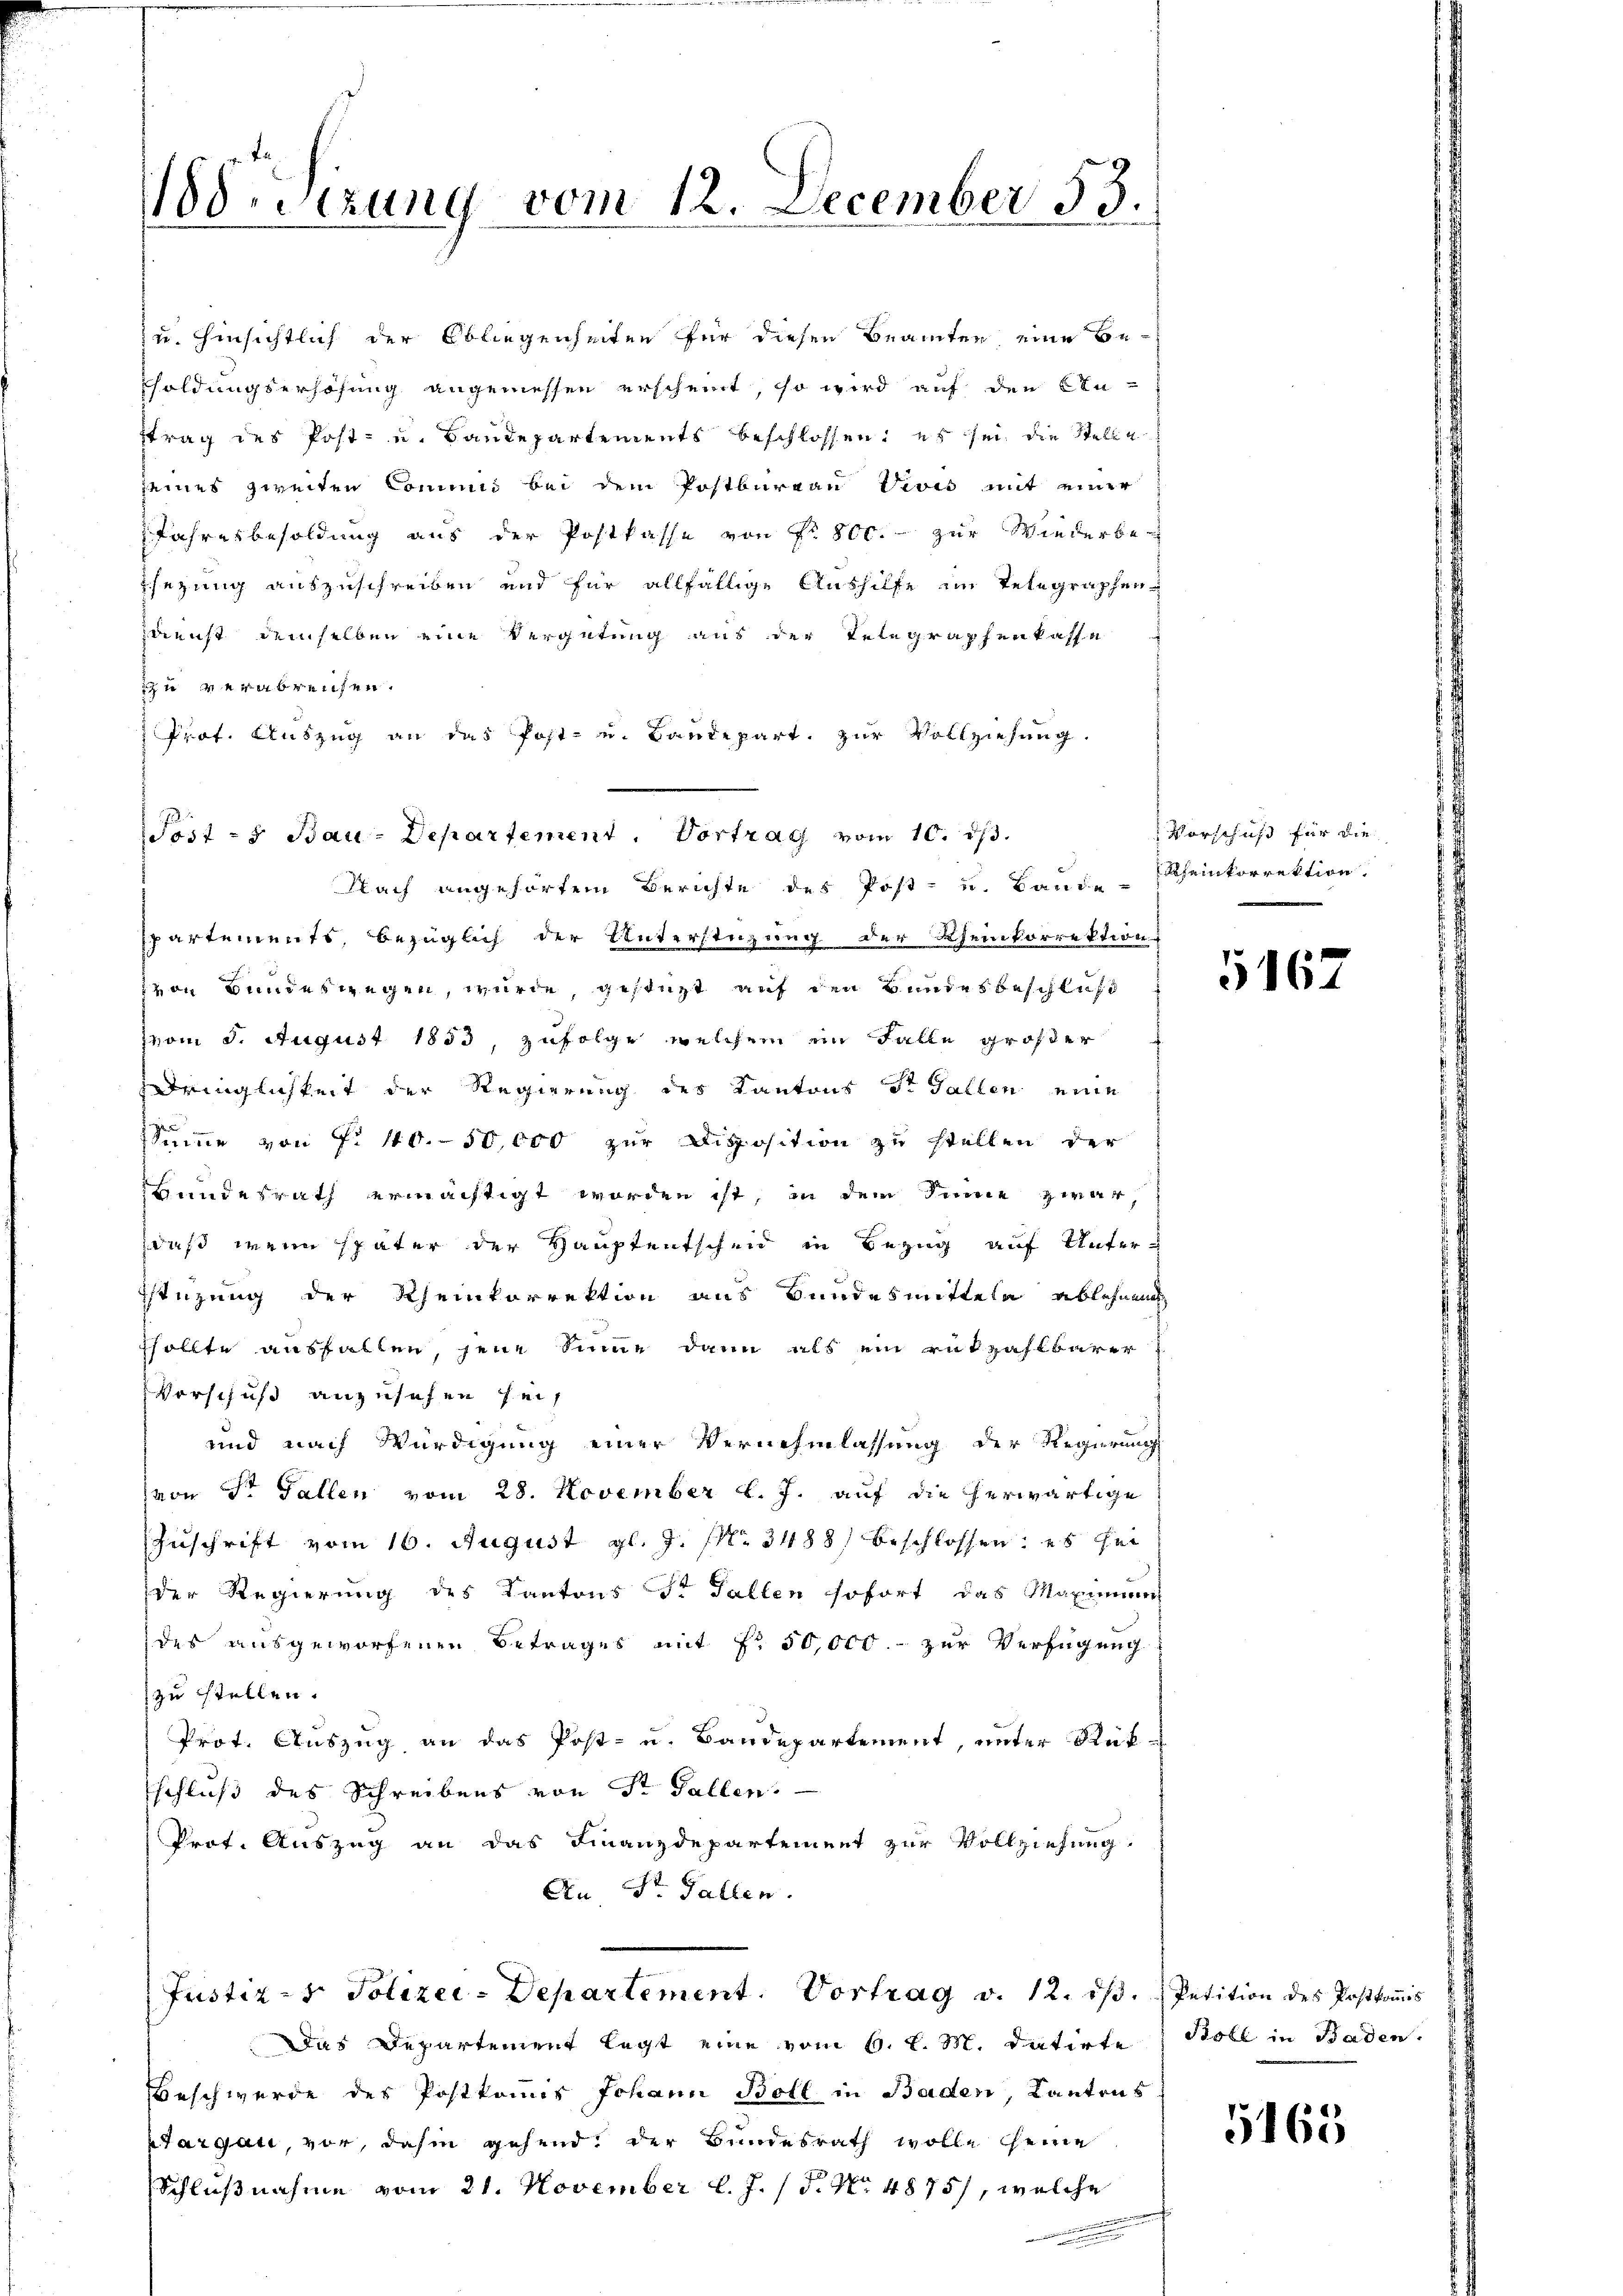
88. Sizung vom 12. December 53.

zu hinsichtlich der Obliegenheiten für diesen Beamten eine Be-
holdungserhöhung angemessen erscheint, so wird auf den Stu-
ftrag des Post- u. Baudepartements beschlossen: es sei, die Stelle
seines zweiten Commis bei dem Postbureau Vivis mit einer
Jahresbesoldung aus der Postkasse von Nr. 800. zur Wiederbe-
psezung auszuschreiben und für allfällige Aushilfe im Telegraphen-
sdienst demselben eine Vergütung aus der Telegraphenkasse
zu verabreisen.
Prof. Auszug an das Post- u. Baudepart. zur Vollziehung.
spartements, bezüglich der Unterstüzung der Rheinkorrektion
von Bundeswegen, wurde, gestüzt auf den Bundes beschluß
vom 5. August 1853, zufolge welchem ein Falle größer
Dringlichkeit der Regierung des Kantons St. Gallen eine
5
Summe von §. 10. 50,000 zur Disposition zu stellen der
Hundesrath ermächtigt worden ist, in dem Sinne zwar,
daß, wenn später der Hauptentscheid in Bezug auf Unter-
stüzung der Rheinkorrektion aus Bundesmitteln ablehnen
sollte ausfallen, jene Sinne dann als ein rükzahlbarer
Vorschuß anzusehen sei,
und nach Würdigung einer Vernehmlassung der Regierung
von Dr Fallen vom 28. November l. J. auf die herwärtige
Zuschrift vom 16. August gl. J. Nr. 3488 beschlossen: es sei
der Regierung des Kantons St. Gallen sofort das Maximum
des ausgeworfenen Betrages mit No 50,000.- zur Verfügung
zu stellen.
Prot. Auszug an das Post- u. Baudepartement, unter Rück-
schluß des Schreibens von Sr. Gallen.
Prot. Auszug an das Finanzdepartement zur Vollziehung.
An St. Gallen.
Justiz - Polizei-Departement. Vortrag v. 12. dβ. Petition des Postkoṁis
Das Departement legt eine vom 6. d. M. datirte
beschwerde des Postkommis Johann Boll in Baden, Kantons
Targau, vor, dahin gehend, der Bundesrath wolle seine
Schlußnahme vom 21. November l. J. 18. No. 4875), welche
.

Post- u Bau-Departement. Vortrag vom 10. ds.
Nach angehörtem Berichte des Post- u. Bande Rheinkorrektion.

Vorschuß für die

5167

Boll in Baden.

1165